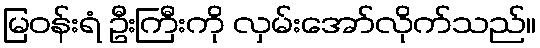
မြဝန်းရံ ဦးကြီးကို လှမ်းအော်လိုက်သည်။